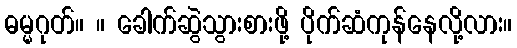
ဓမ္မဂုတ်။ ။ ခေါက်ဆွဲသွားစားဖို့ ပိုက်ဆံကုန်နေလို့လား။